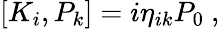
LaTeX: [K_{i},P_{k}]=i\eta_{ik}P_{0}~,